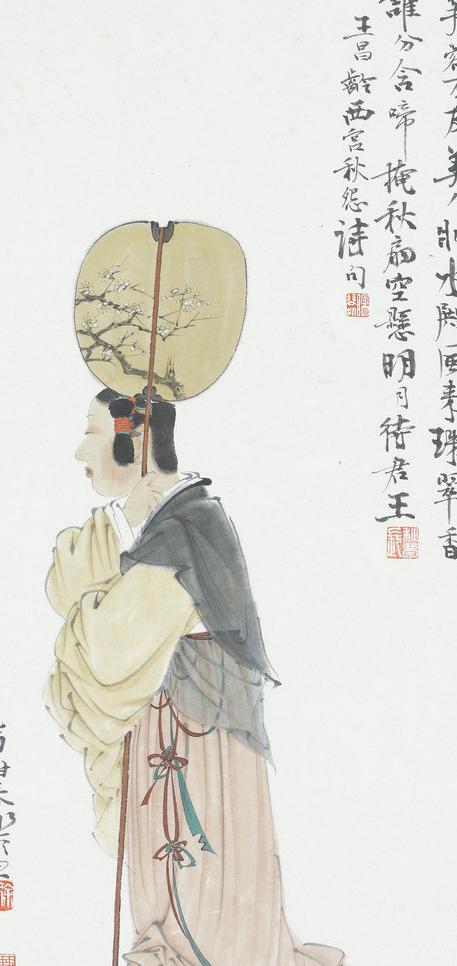
蒂有余香金淡泊，枝无全叶翠离披。